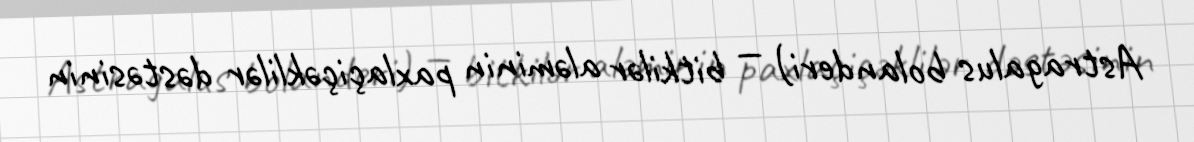
Astragalus bolanderi) — bitkilər aləminin paxlaçiçəklilər dəstəsinin